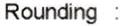
ROUNDING :